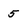
Character: 5